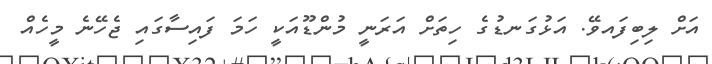
އަށް ލިބިފައވޭ. އަޅުގަނޑުގެ ހިތަށް އަރަނީ މުންޑޫއަކީ ހަމަ ފައިސާގައި ޖެހޭނެ މީހެއް